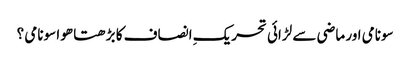
سونامی اور ماضی سے لڑائی	تحریکِ انصاف کا بڑھتا ھوا سونامی ؟